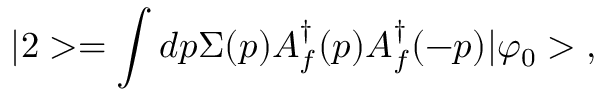
| 2 > = \int d p \Sigma ( p ) A _ { f } ^ { \dagger } ( p ) A _ { f } ^ { \dagger } ( - p ) | \varphi _ { 0 } > \; ,